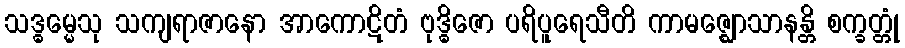
သဒ္ဓမ္မေသု သကျရာဇာနော အာကောဋိတံ ဗုဒ္ဓိဇော ပရိပူရေသီတိ ကာမဇ္ဈောသာနန္တိ စက္ခတ္တုံ